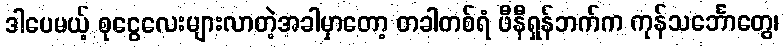
ဒါပေမယ့် စုငွေလေးများလာတဲ့အခါမှာတော့ တခါတစ်ရံ ဖီနီရှန်ဘက်က ကုန်သင်္ဘောတွေ၊